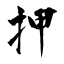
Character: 押